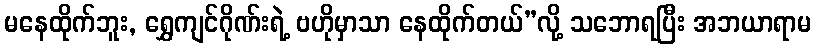
မနေထိုက်ဘူး, ရွှေကျင်ဂိုဏ်းရဲ့ ဗဟိုမှာသာ နေထိုက်တယ်”လို့ သဘောရပြီး အဘယာရာမ